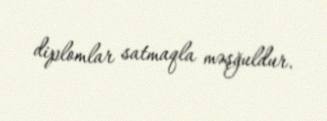
diplomlar satmaqla məşğuldur.